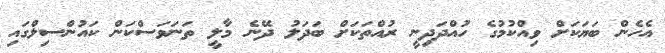
އެހެން ބަޔަކަށް ވިއްކުމުގެ ހުއްދަދިނީ ރުއްތަކަށް ބަދަލު ދޭނެ މާލީ ތަނަވަސްކަން ކައުންސިލްގައި